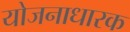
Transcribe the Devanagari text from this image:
योजनाधारक